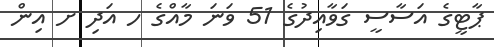
ޕާޓީގެ އަސާސީ ގަވާއިދުގެ 51 ވަނަ މާއްގެ ހ އަދި ށ އިން